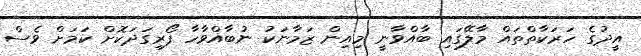
އީދުގެ ހަރަކާތްތައް މާލޭގައި ބާއްވާނީ މިއިން ޒަމާނަކު ނުބާއްވާހާ ފޯރިގަދަކޮށް ކަމަށް ވެސް